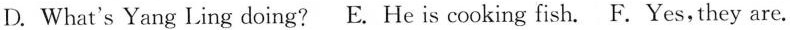
D. What's Yang Ling doing? E. He is cooking fish. F.Yes,they are.